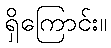
ရှိကြောင်း။